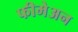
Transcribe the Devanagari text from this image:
फीमेअन